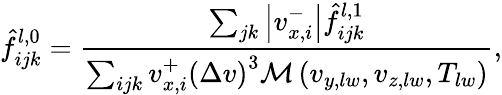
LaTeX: \hat{f}_{ijk}^{l,0}=\frac{\sum_{jk}\left|v_{x,i}^{-}\right|\hat{f}_{ijk}^{l,1}}{\sum_{ijk}v_{x,i}^{+}\left(\Delta v\right)^{3}\mathcal{M}\left(v_{y,lw},v_{z,lw},T_{lw}\right)},